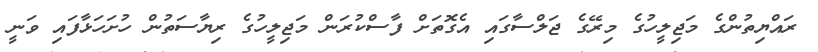
ރައްޔިތުންގެ މަޖިލީހުގެ މިރޭގެ ޖަލްސާގައި އެގޮތަށް ފާސްކުރަން މަޖިލީހުގެ ރިޔާސަތުން ހުށަހަޅާފައި ވަނީ